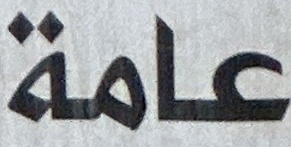
عامة